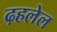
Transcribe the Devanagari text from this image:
ढ़हलेल